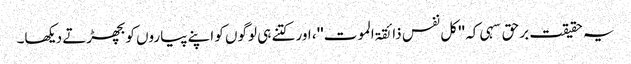
یہ حقیقت برحق سہی کہ ''کل نفس ذائقۃ الموت''، اور کتنے ہی لوگوں کو اپنے پیاروں کو بچھڑتے دیکھا۔